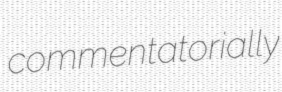
commentatorially